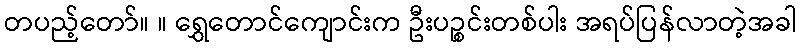
တပည့်တော်။ ။ ရွှေတောင်ကျောင်းက ဦးပဉ္စင်းတစ်ပါး အရပ်ပြန်လာတဲ့အခါ